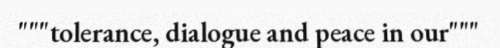
"""tolerance, dialogue and peace in our"""